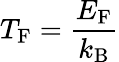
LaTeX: T_{\mathrm{F}}={\frac{E_{\mathrm{F}}}{k_{\mathrm{{B}}}}}